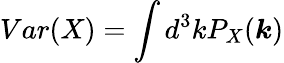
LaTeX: Var(X)=\int d^{3}kP_{X}(\boldsymbol{k})